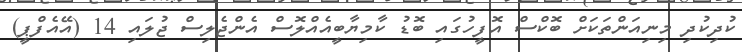
ކުދިކުދި މިނިއަންތަކަށް ބޮކްސް އޮފީހުގައި ބޮޑު ކާމިޔާބީއެއްލޮސް އެންޖެލިސް ޖުލައި 14 (އޭއެފްޕީ)